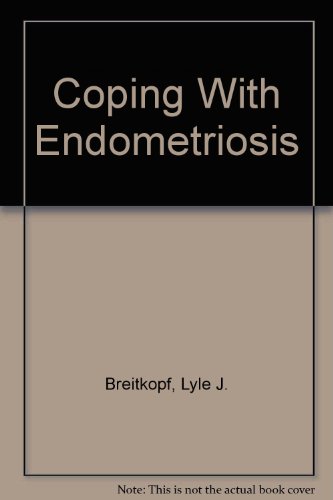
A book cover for Coping With Endometriosis; Lyle J. Breitkopf; Health, Fitness & Dieting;